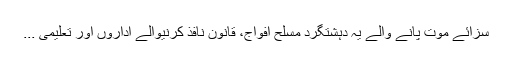
سزائے موت پانے والے یہ دہشتگرد مسلح افواج، قانون نافذ کرنیوالے اداروں اور تعلیمی ...